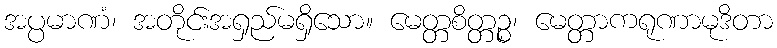
အပ္ပမာဏံ၊ အတိုင်းအရှည်မရှိသော။ မေတ္တစိတ္တဉ္စ၊ မေတ္တာကရုဏာမုဒိတာ